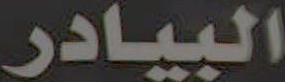
البيادر